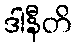
ဒါနီတိ